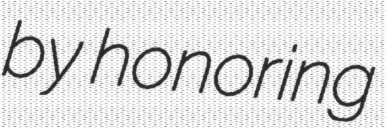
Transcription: by honoring